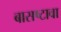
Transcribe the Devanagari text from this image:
बासष्टावा